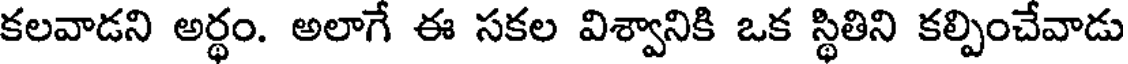
కలవాడని అర్థం. అలాగే ఈ సకల విశ్వానికి ఒక స్థితిని కల్పించేవాడు